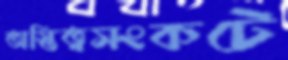
অস্তিত্বসংকটে